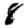
Digit: 8